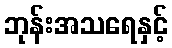
ဘုန်းအသရေနှင့်